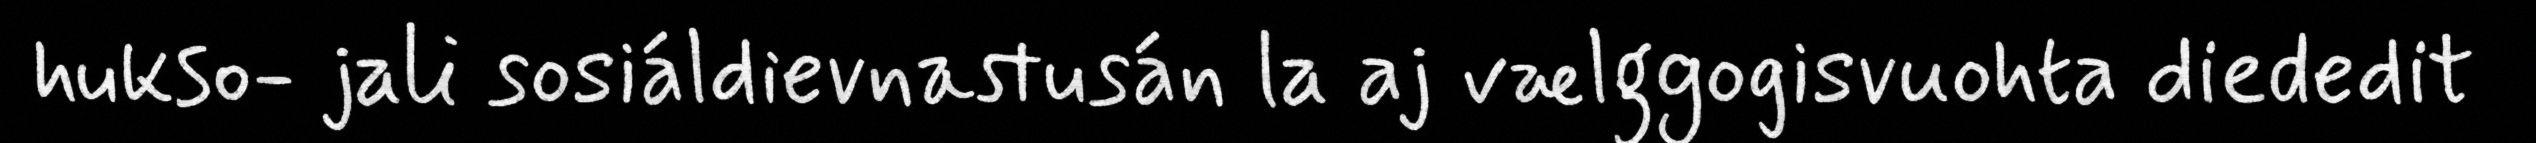
hukso- jali sosiáldievnastusán la aj vælggogisvuohta diededit